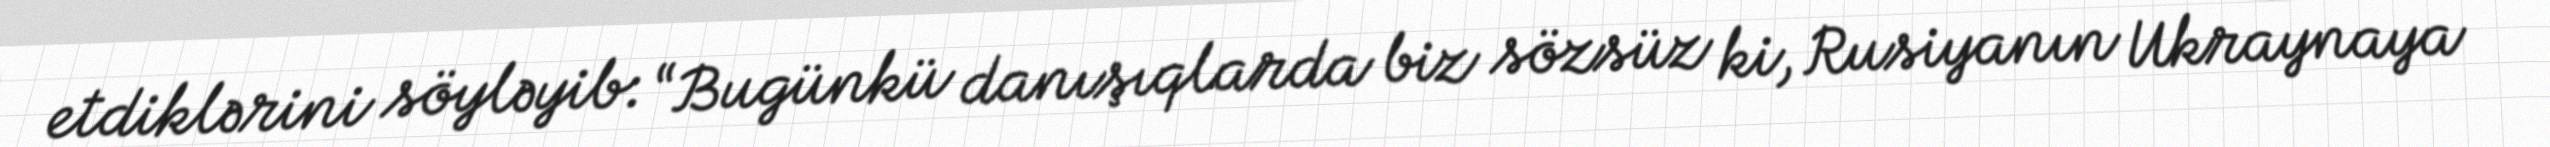
etdiklərini söyləyib: “Bugünkü danışıqlarda biz sözsüz ki, Rusiyanın Ukraynaya